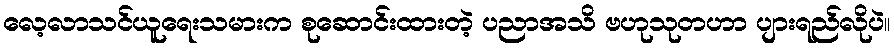
လေ့လာသင်ယူရေးသမားက စုဆောင်းထားတဲ့ ပညာအသိ ဗဟုသုတဟာ ပျားရည်လိုပဲ။